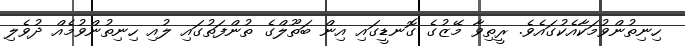
ހިނިތުންވުމަކާއެކުގައެވެ. ރީތިވާ މޭޒުގެ ގޮނޑީގައި އިން ބަތޫލްގެ ތުންފަތުގައި ލުއި ހިނިތުންވުމެއް ދުވެލި